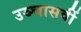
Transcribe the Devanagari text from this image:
उञ्चासवीं